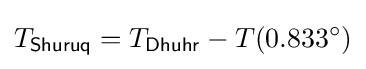
T_{\mathsf {Shuruq}}=T_{\mathsf {Dhuhr}}-T(0.833^{\circ })